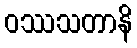
ဝဿသတာနိ